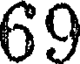
69